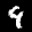
Label: 9